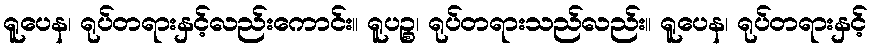
ရူပေန၊ ရုပ်တရားနှင့်လည်းကောင်း။ ရူပဉ္စ၊ ရုပ်တရားသည်လည်း။ ရူပေန၊ ရုပ်တရားနှင့်